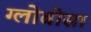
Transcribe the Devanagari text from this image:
ग्लोबोसा